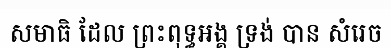
សមាធិ ដែល ព្រះពុទ្ធអង្គ ទ្រង់ បាន សំរេច